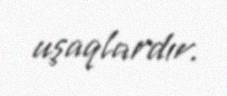
uşaqlardır.